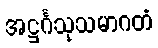
အဋ္ဌင်္ဂသုသမာဂတံ